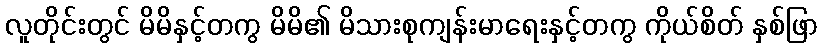
လူတိုင်းတွင် မိမိနှင့်တကွ မိမိ၏ မိသားစုကျန်းမာရေးနှင့်တကွ ကိုယ်စိတ် နှစ်ဖြာ